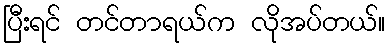
ပြီးရင် တင်တာရယ်က လိုအပ်တယ်။